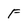
Character: f